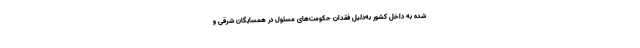
شده به داخل کشور به‌دلیل فقدان حکومت‌های مسئول در همسایگان شرقی و